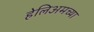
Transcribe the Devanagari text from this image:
हेलिअमच्या